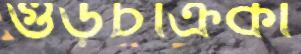
গুড়চক্রিকা